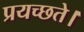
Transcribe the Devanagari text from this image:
प्रयच्छते।